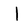
Character: I